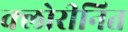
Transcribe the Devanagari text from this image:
क्लोरीनित